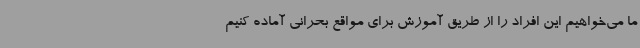
ما می‌خواهیم این افراد را از طریق آموزش برای مواقع بحرانی آماده کنیم